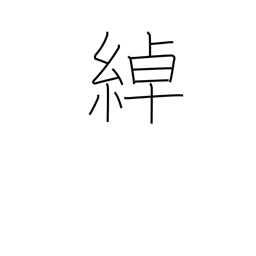
Meaning: loose